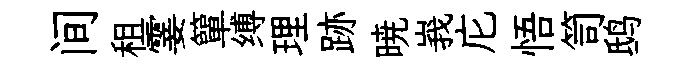
间租霎簞缚理跡暁峩庀悟笥鸱